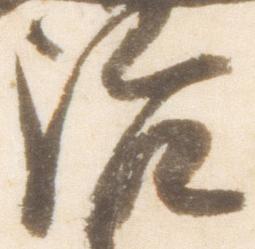
治